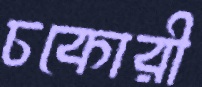
চকোরী